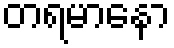
တရမာနော